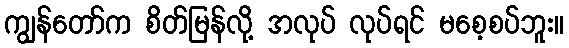
ကျွန်တော်က စိတ်မြန်လို့ အလုပ် လုပ်ရင် မစေ့စပ်ဘူး။